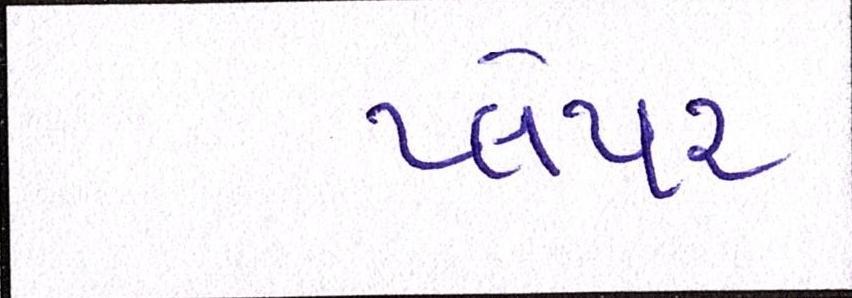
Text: પ્લેયર